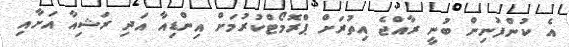
އެ ކުންފުނިން ބުނީ ރާއްޖެ އިތުރަށް ޕްރޮމޯޓްކުރުމަށް އިންޑިއާ އަދި ރަޝިއާ އަށާއި